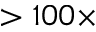
> 1 0 0 \times